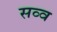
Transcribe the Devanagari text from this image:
सव्व